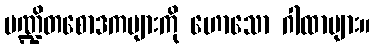
ပဏ္ဍိတစောဒကများကို ဟောသော ဂါထာများ။